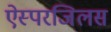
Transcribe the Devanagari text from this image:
ऐस्परजिलस